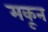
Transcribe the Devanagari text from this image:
मकून